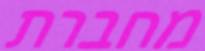
מחברת